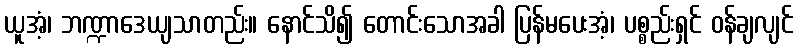
ယူအံ့၊ ဘဏ္ဍာဒေယျသာတည်း။ နောင်သိ၍ တောင်းသောအခါ ပြန်မပေးအံ့၊ ပစ္စည်းရှင် ဝန်ချလျင်